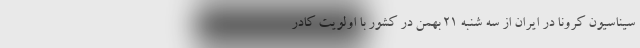
سیناسیون کرونا در ایران از سه شنبه ۲۱ بهمن در کشور با اولویت کادر